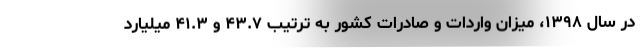
در سال ۱۳۹۸، میزان واردات و صادرات کشور به ترتیب ۴۳.۷ و ۴۱.۳ میلیارد